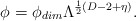
\begin{align*}\phi = \phi_{dim} \Lambda^{\frac{1}{2}(D-2+\eta)}.\end{align*}